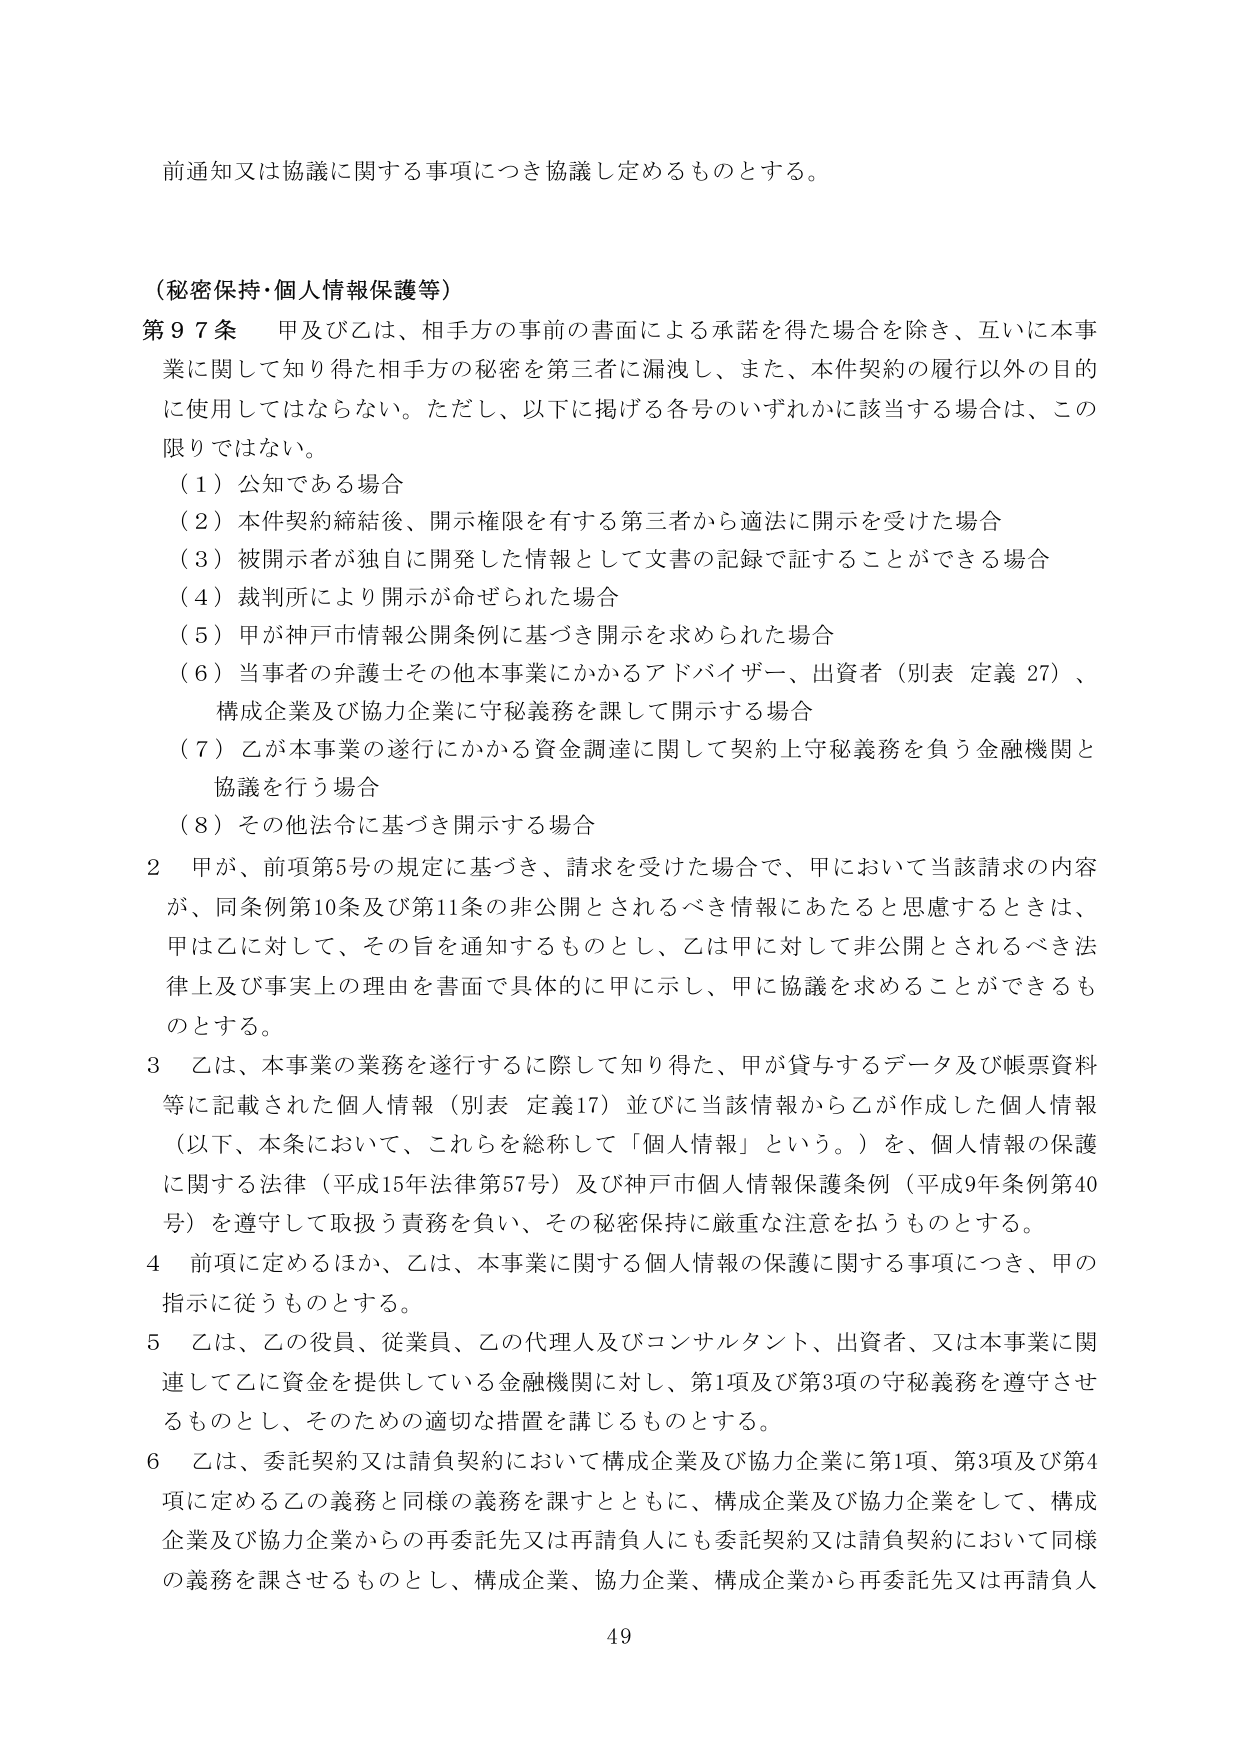
前通知又は協議に関する事項につき協議し定めるものとする。

（秘密保持・個人情報保護等）
第９７条　甲及び乙は、相手方の事前の書面による承諾を得た場合を除き、互いに本事業に関して知り得た相手方の秘密を第三者に漏洩し、また、本件契約の履行以外の目的に使用してはならない。ただし、以下に掲げる各号のいずれかに該当する場合は、この限りではない。
（１）公知である場合
（２）本件契約締結後、開示権限を有する第三者から適法に開示を受けた場合
（３）被開示者が独自に開発した情報として文書の記録で証することができる場合
（４）裁判所により開示が命ぜられた場合
（５）甲が神戸市情報公開条例に基づき開示を求められた場合
（６）当事者の弁護士その他本事業にかかるアドバイザー、出資者（別表 定義 27）、構成企業及び協力企業に守秘義務を課して開示する場合
（７）乙が本事業の遂行にかかる資金調達に関して契約上守秘義務を負う金融機関と協議を行う場合
（８）その他法令に基づき開示する場合
２　甲が、前項第5号の規定に基づき、請求を受けた場合で、甲において当該請求の内容が、同条例第10条及び第11条の非公開とされるべき情報にあたると思慮するときは、甲は乙に対して、その旨を通知するものとし、乙は甲に対して非公開とされるべき法律上及び事実上の理由を書面で具体的に甲に示し、甲に協議を求めることができるものとする。
３　乙は、本事業の業務を遂行するに際して知り得た、甲が貸与するデータ及び帳票資料等に記載された個人情報（別表 定義17）並びに当該情報から乙が作成した個人情報（以下、本条において、これらを総称して「個人情報」という。）を、個人情報の保護に関する法律（平成15年法律第57号）及び神戸市個人情報保護条例（平成9年条例第40号）を遵守して取扱う責務を負い、その秘密保持に厳重な注意を払うものとする。
４　前項に定めるほか、乙は、本事業に関する個人情報の保護に関する事項につき、甲の指示に従うものとする。
５　乙は、乙の役員、従業員、乙の代理人及びコンサルタント、出資者、又は本事業に関連して乙に資金を提供している金融機関に対し、第1項及び第3項の守秘義務を遵守させるものとし、そのための適切な措置を講じるものとする。
６　乙は、委託契約又は請負契約において構成企業及び協力企業に第1項、第3項及び第4項に定める乙の義務と同様の義務を課すとともに、構成企業及び協力企業をして、構成企業及び協力企業からの再委託先又は再請負人にも委託契約又は請負契約において同様の義務を課させるものとし、構成企業、協力企業、構成企業から再委託先又は再請負人

49